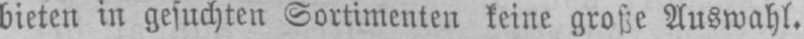
bieten in gesuchten Sortimenten keine große Auswahl.